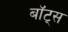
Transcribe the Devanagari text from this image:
बॉट्स